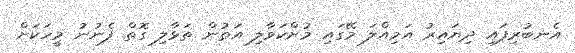
އެނބުރިފައި ދިޔައިރު އަމިއްލަ މޭގައި މުށްކަވާލި އަތުން ތަޅާލި ގޮތް ފެނުނު މީހަކަށް